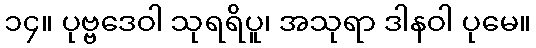
၁၄။ ပုဗ္ဗဒေဝါ သုရရိပူ၊ အသုရာ ဒါနဝါ ပုမေ။